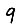
Digit: 9